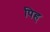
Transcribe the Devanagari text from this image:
पिह